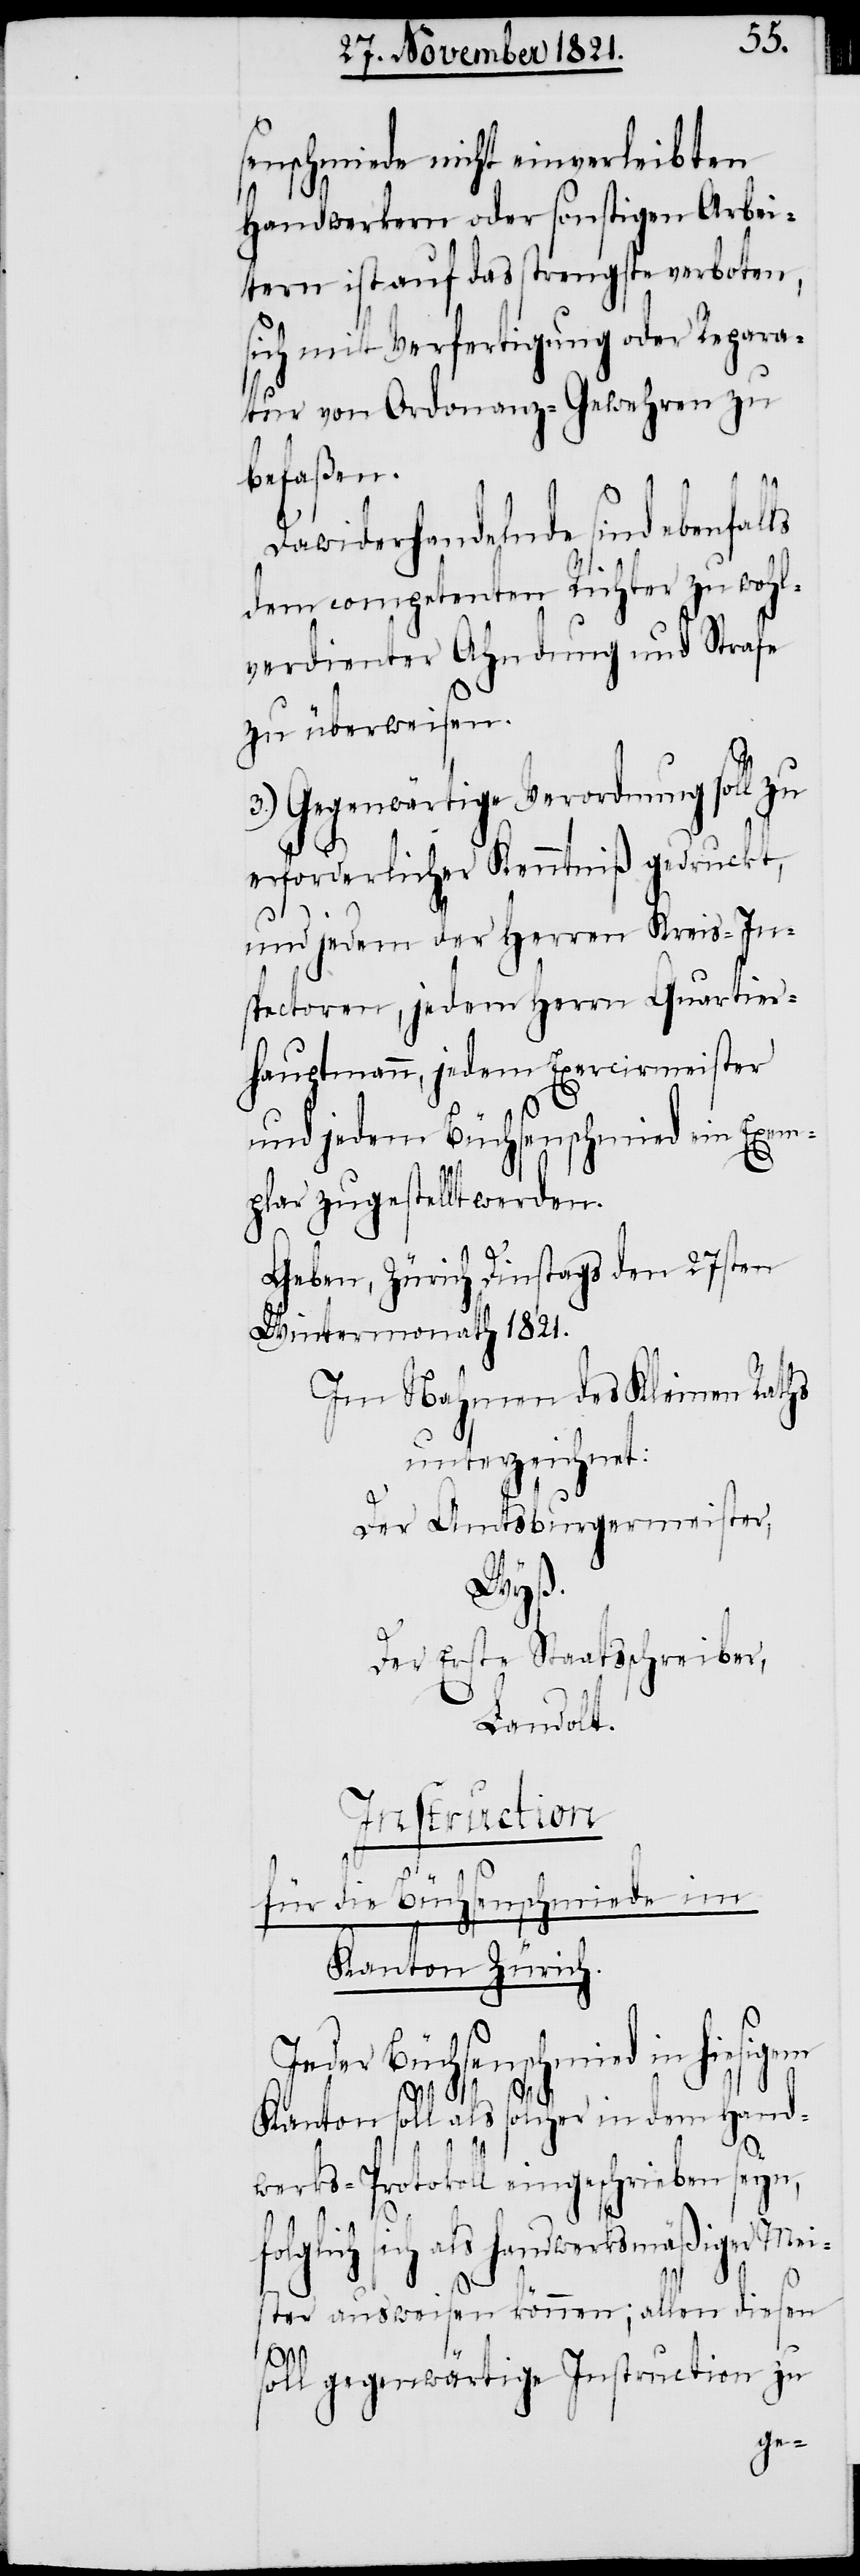
senschmiede nicht einverleibten
Handwerkern oder sonstigen Arbei¬
tern ist auf das strengste verboten,
sich mit Verfertigung oder Repara¬
tur von Ordonanz-Gewehren zu
befaßen.
Dawiderhandelnde sind ebenfalls
dem competenten Richter zu wohl¬
verdienter Ahndung und Strafe
zu überweisen.
3.) Gegenwärtige Verordnung soll zu
erforderlicher Kenntniß gedruckt,
und jedem der Herren Kreis-In¬
structoren, jedem Herrn Quartier-H¬
auptmann, jedem Exercirmeister
und jedem Büchsenschmied ein Exem¬
plar zugestellt werden.
Geben, Zürich Dinstags den 27sten
Wintermonath 1821.
Im Nahmen des Kleinen Raths
unterzeichnet:
Der Amtsburgermeister,
Wyß.
Der Erste Staatsschreiber,
Landolt.
Instruction
für die Büchsenschmiede im
Kanton Zürich.
Jeder Büchsenschmied in hiesigem
Kanton soll als solcher in dem Hand¬
werks-Protokoll eingeschrieben seyn,
f¬
olglich sich als handwerksmäßiger Mei¬
ster ausweisen können; allen diesen
s¬
oll gegenwärtige Instruction zu